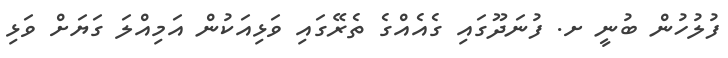
ފުލުހުން ބުނީ ށ. ފުނަދޫގައި ގެއެއްގެ ތެރޭގައި ވަޅިއަކުން އަމިއްލަ ގަޔަށް ވަޅި